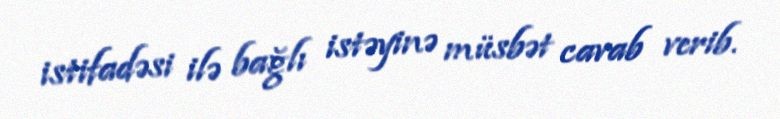
istifadəsi ilə bağlı istəyinə müsbət cavab verib.